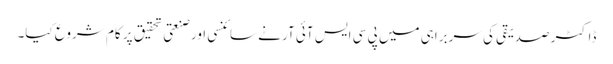
ڈاکٹر صدیقی کی سربراہی میں پی سی ایس آئی آر نے سائنسی اور صنعتی تحقیق پر کام شروع کیا۔